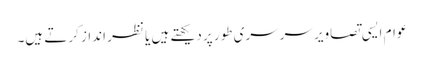
عوام ایسی تصاویر سرسری طور پر دیکھتے ہیں یا نظر انداز کرتے ہیں۔